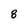
Character: 8